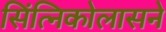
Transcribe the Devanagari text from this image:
सिंत्निकोलासने